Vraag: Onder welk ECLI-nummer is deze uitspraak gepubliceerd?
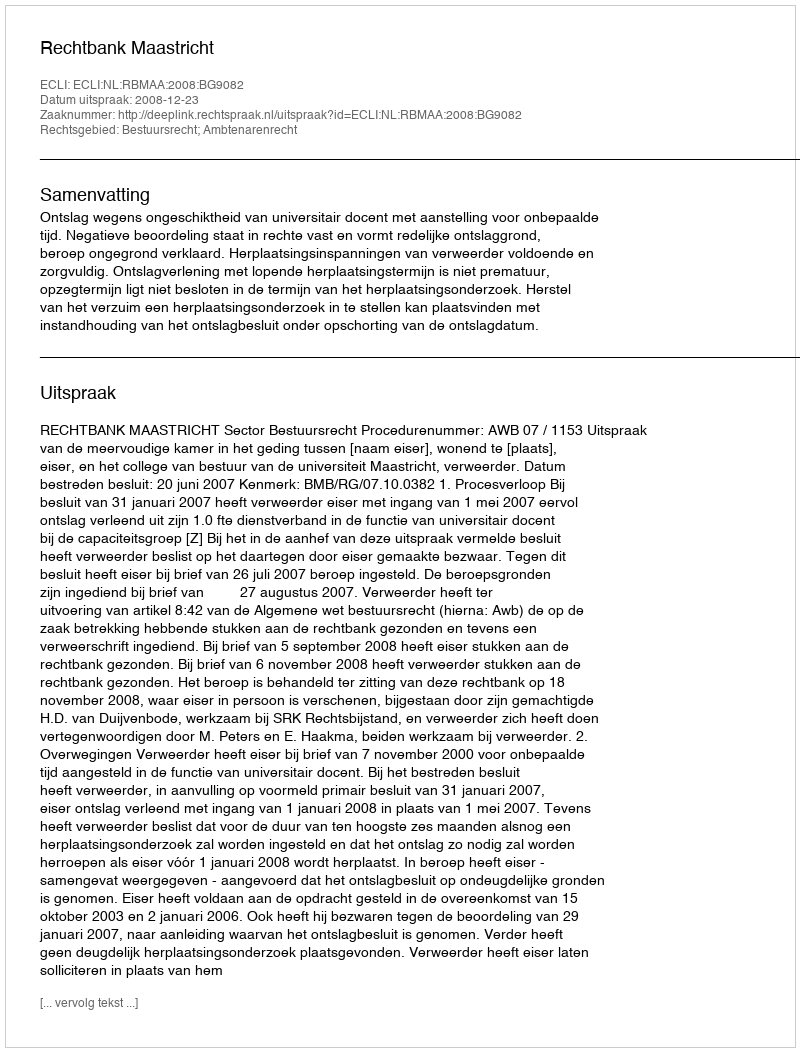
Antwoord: ECLI:NL:RBMAA:2008:BG9082